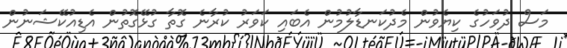
މަސް ދުވަހުގެ ކިޔެވުން މެދުކަނޑާލުމުން އެބައި ކަވަރު ކުރާނެ ގޮތާ ގުޅޭގޮތުން އެޑިއުކޭޝަނުން